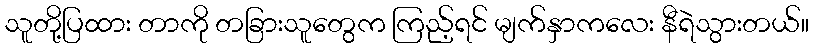
သူတို့ပြထား တာကို တခြားသူတွေက ကြည့်ရင် မျက်နှာကလေး နီရဲသွားတယ်။